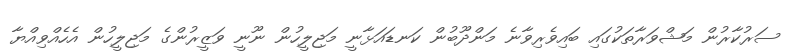
ސަރުކާރުން މަޝްވަރާތަކުގައި ބައިވެރިވާނެ މަންދޫބުން ކަނޑައަޅާނީ މަޖިލީހުން ނޫނީ ވަޒީރުންގެ މަޖިލީހުން އެހެއްވިއްޔާ